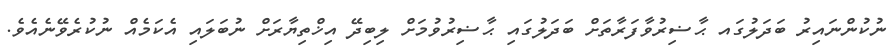
ނުކުންނައިރު ބަދަލުގައ ޙާޟިރުވާފަރާތަށް ބަދަލުގައި ޙާޟިރުވުމަށް ލިބިދޭ އިޚްތިޔާރަށް ނުބަލައި އެކަމެއް ނުކުރެވޭނެއެވެ.